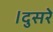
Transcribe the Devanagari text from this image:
।दुसरे